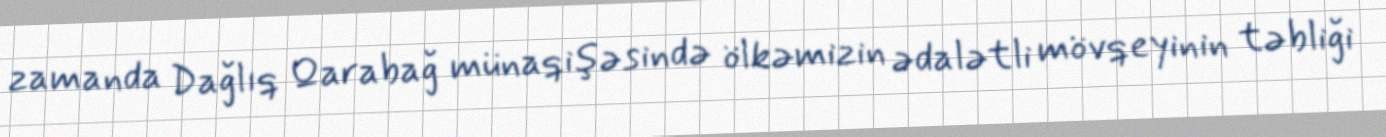
zamanda Dağlıq Qarabağ münaqişəsində ölkəmizin ədalətli mövqeyinin təbliği